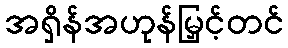
အရှိန်အဟုန်မြှင့်တင်